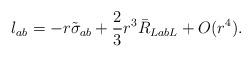
LaTeX: \begin{align*} l_{ab}= - r \tilde \sigma_{ab} +\frac{2}{3}r^3\bar R_{Lab L}+ O(r^4). \end{align*}